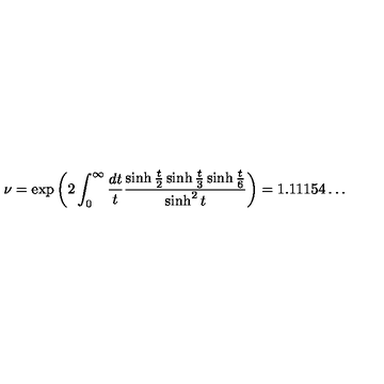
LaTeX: \nu = \exp \left( 2 \int _ { 0 } ^ { \infty } \frac { d t } { t } \frac { \sinh \frac { t } { 2 } \sinh \frac { t } { 3 } \sinh \frac { t } { 6 } } { \sinh ^ { 2 } t } \right) = 1 . 1 1 1 5 4 \ldots